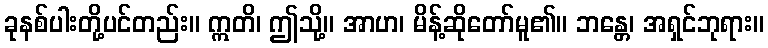
ခုနစ်ပါးတို့ပင်တည်း။ ဣတိ၊ ဤသို့။ အာဟ၊ မိန့်ဆိုတော်မူ၏။ ဘန္တေ၊ အရှင်ဘုရား။